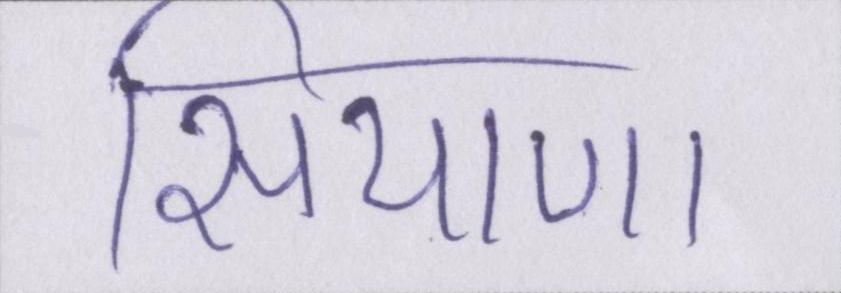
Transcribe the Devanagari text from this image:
सियाणा